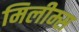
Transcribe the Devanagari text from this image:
मिलीम्स